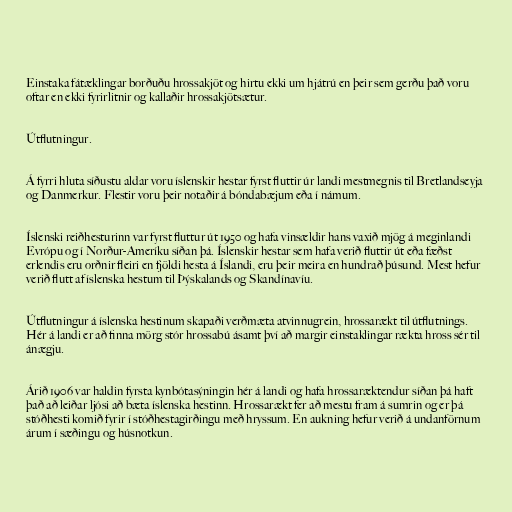
Einstaka fátæklingar borðuðu hrossakjöt og hirtu ekki um hjátrú en þeir sem gerðu það voru
oftar en ekki fyrirlitnir og kallaðir hrossakjötsætur.

Útflutningur.

Á fyrri hluta síðustu aldar voru íslenskir hestar fyrst fluttir úr landi mestmegnis til Bretlandseyja
og Danmerkur. Flestir voru þeir notaðir á bóndabæjum eða í námum.

Íslenski reiðhesturinn var fyrst fluttur út 1950 og hafa vinsældir hans vaxið mjög á meginlandi
Evrópu og í Norður-Ameríku síðan þá. Íslenskir hestar sem hafa verið fluttir út eða fæðst
erlendis eru orðnir fleiri en fjöldi hesta á Íslandi, eru þeir meira en hundrað þúsund. Mest hefur
verið flutt af íslenska hestum til Þýskalands og Skandínavíu.

Útflutningur á íslenska hestinum skapaði verðmæta atvinnugrein, hrossarækt til útflutnings.
Hér á landi er að finna mörg stór hrossabú ásamt því að margir einstaklingar rækta hross sér til
ánægju.

Árið 1906 var haldin fyrsta kynbótasýningin hér á landi og hafa hrossaræktendur síðan þá haft
það að leiðar ljósi að bæta íslenska hestinn. Hrossarækt fer að mestu fram á sumrin og er þá
stóðhesti komið fyrir í stóðhestagirðingu með hryssum. En aukning hefur verið á undanförnum
árum í sæðingu og húsnotkun.